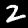
Label: 2